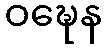
ဝဍ္ဎေန